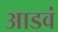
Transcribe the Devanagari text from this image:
आडवं